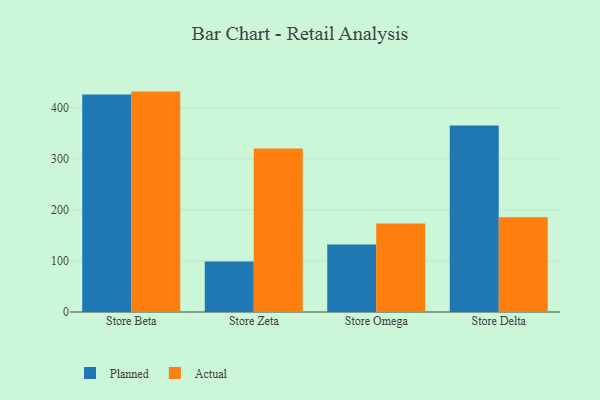
{"axis": {"x": "Store", "y": "Bounce Rate (%)"}, "legend": ["Actual", "Planned"], "data": [{"x": "Store Beta", "y": 425.8, "type": "Planned"}, {"x": "Store Beta", "y": 431.7, "type": "Actual"}, {"x": "Store Zeta", "y": 98.9, "type": "Planned"}, {"x": "Store Zeta", "y": 320.1, "type": "Actual"}, {"x": "Store Omega", "y": 132.2, "type": "Planned"}, {"x": "Store Omega", "y": 173.4, "type": "Actual"}, {"x": "Store Delta", "y": 365.1, "type": "Planned"}, {"x": "Store Delta", "y": 185.4, "type": "Actual"}]}